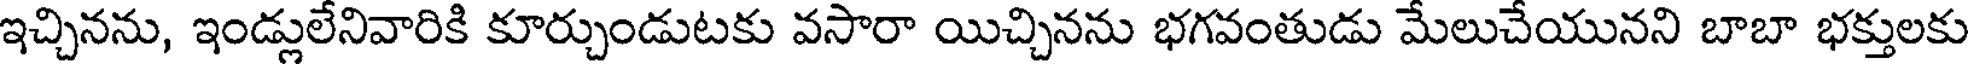
ఇచ్చినను, ఇండ్లులేనివారికి కూర్చుండుటకు వసారా యిచ్చినను భగవంతుడు మేలుచేయునని బాబా భక్తులకు